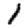
Digit: 1